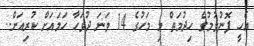
އެހީ ފޮނުވުމުގެ ހިދުމަތް މި މަހުގެ 14 ވަނަ ދުވަހާ ހަމައަށް ކުރިއަށް..